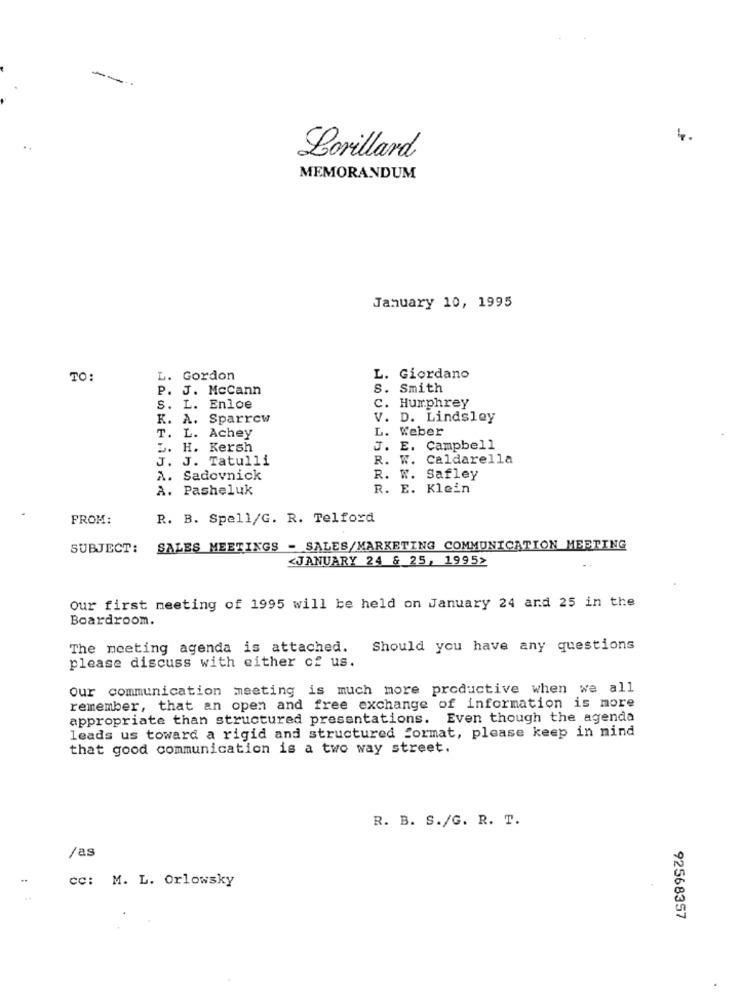
--
4.
..
Lorillard
MEMORANDUM
January 10, 1995
TO:
. Gordon
L. Giordano
P. J. McCann
S. Smith
S. L. Enloe
C. Humphrey
K. A. Sparrow
V. D. Lindsley
L. Weber
T. L. Achey
L. H. Kersh
,E. Campbell
J. J. Tatulli
R. W. Caldarella
A. Sadovnick
R. W. Safley
A. Pasheluk
R. E. Klein
FROM:
R. B. Spell/G. R. Telford
SUBJECT:
SALES MEETINGS - SALES/MARKETING COMMUNICATION MEETING
<JANUARY 24 & 25, 19952
Our first meeting of 1995 will be held on January 24 and 25 in the
Boardroom.
The meeting agenda is attached. Should you have any questions
please discuss with either of us.
our communication meeting is much more productive when we all
remember, that an open and free exchange of information is more
appropriate than structured presentations. Even though the agenda
leads us toward a rigid and structured format, please keep in mind
that good communication is a two way street.
R. B. S./G. R. T.
/as
Cc: M. L. Orlowsky
92568357